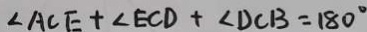
\angle A C E + \angle E C D + \angle D C B = 1 8 0 ^ { \circ }